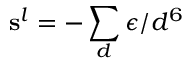
\mathbf { s } ^ { l } = - \sum _ { d } \epsilon / d ^ { 6 }